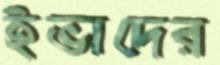
ইভাদের